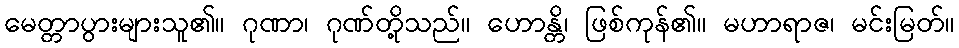
မေတ္တာပွားများသူ၏။ ဂုဏာ၊ ဂုဏ်တို့သည်။ ဟောန္တိ၊ ဖြစ်ကုန်၏။ မဟာရာဇ၊ မင်းမြတ်။